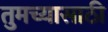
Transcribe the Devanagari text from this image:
तुमच्यासाठी